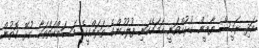
އަދި ރައީސް ޔާމީން ގުޅުއްވަނީ ހަމައެކަނި ފުލުހުންގެ ތަރައްގީގެ މަސައްކަތްތަކާ ގުޅޭ ގޮތުން